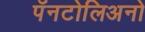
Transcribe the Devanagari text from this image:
पॅनटोलिअनो